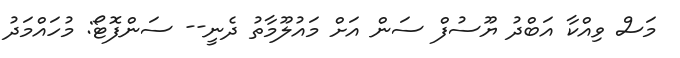
މަސް ވިއްކާ އަބްދު ޔޫސުފް ސަން އަށް މައުލޫމާތު ދެނީ-- ސަންފޮޓޯ: މުހައްމަދު